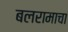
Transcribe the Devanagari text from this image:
बलरामाचा